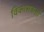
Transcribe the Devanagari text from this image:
विकासकर्त्ता